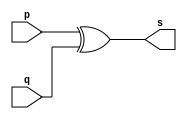
//------------------------------
// Guia 01_04 - Exercicio extra 04
// Nome: Heitor Terozendi
//------------------------------

// -----------------------------
// -- Xor ~ 2
// -----------------------------

module xorgate (s, p, q);
	output s;
	input p , q;
				
	assign s = (p^q);

endmodule

// ----------------------------
// -- Test Xorgate
//-----------------------------

module testxorgate;
	reg a,b;
	wire s;
			// instancia
		xorgate XOR1(s, a, b);
	
	initial begin: start
		a = 0; b=0;
	end
	
			// parte principal
	initial begin:main
		$display("Guia 01_04 - Heitor Terozendi - 396698");
      $display("Xor gate");
      $display("\n( a ^ b ) = s\n");
      $monitor("( %b ^ %b ) = %b", a, b, s);
		#1 a=0; b=1;
		#1 a=1; b=0;
		#1 a=1; b=1;
	end
endmodule